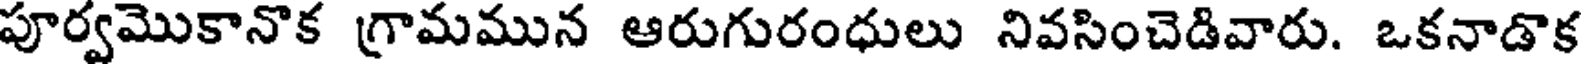
పూర్వమొకానొక గ్రామమున ఆరుగురంధులు నివసించెడివారు. ఒకనాడాక